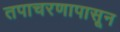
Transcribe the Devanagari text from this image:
तपाचरणापासून